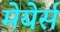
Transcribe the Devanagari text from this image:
मेयेर्स